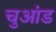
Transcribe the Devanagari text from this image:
चुआंड